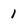
Character: 1